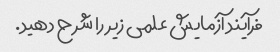
فرآیند آزمایش علمی زیر را شرح دهید.